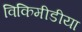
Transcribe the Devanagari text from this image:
विकिमीडीया